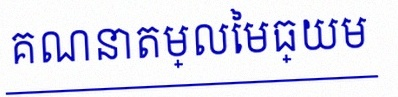
គណនាតម្លៃមធ្យម